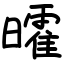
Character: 曤